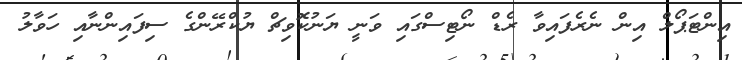
އިންޓަޕޯލް އިން ނެރެފައިވާ ރެޑް ނޯޓިސްގައި ވަނީ ޔަނުކޮވިޗް ޔުކްރޭންގެ ސިފައިންނާއި ހަވާލު